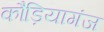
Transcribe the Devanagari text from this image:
कौड़ियागंज